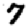
Digit: 7